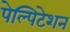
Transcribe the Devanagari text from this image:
पेल्पिटेशन